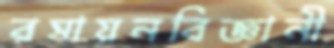
রসায়নবিজ্ঞানী